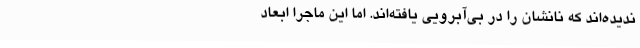
ندیده‌اند که نانشان را در بی‌آبرویی یافته‌اند. اما این ماجرا ابعاد